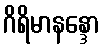
ဂိရိမာနန္ဒော